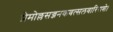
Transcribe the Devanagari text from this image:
प्रेमोल्लसज्जनकवत्सलवारिराशे।